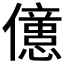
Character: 𠐥